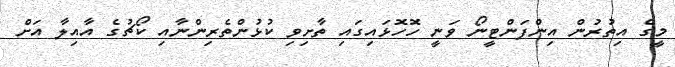
މީގެ އިތުރުން އިންފަންޓީނޯ ވަނީ ހޮހޮޅައިގައި ތާށިވި ކުޅުންތެރިންނާއި ކޯޗުގެ އާއިލާ އަށް